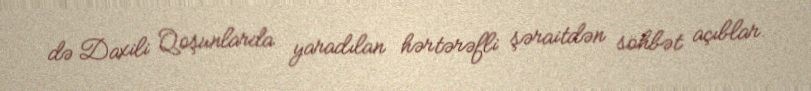
də Daxili Qoşunlarda yaradılan hərtərəfli şəraitdən söhbət açıblar.